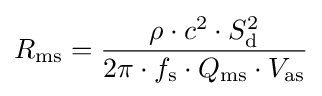
R_{\rm {ms}}={\frac {\rho \cdot c^{2}\cdot S_{\rm {d}}^{2}}{2\pi \cdot f_{\rm {s}}\cdot Q_{\rm {ms}}\cdot V_{\rm {as}}}}